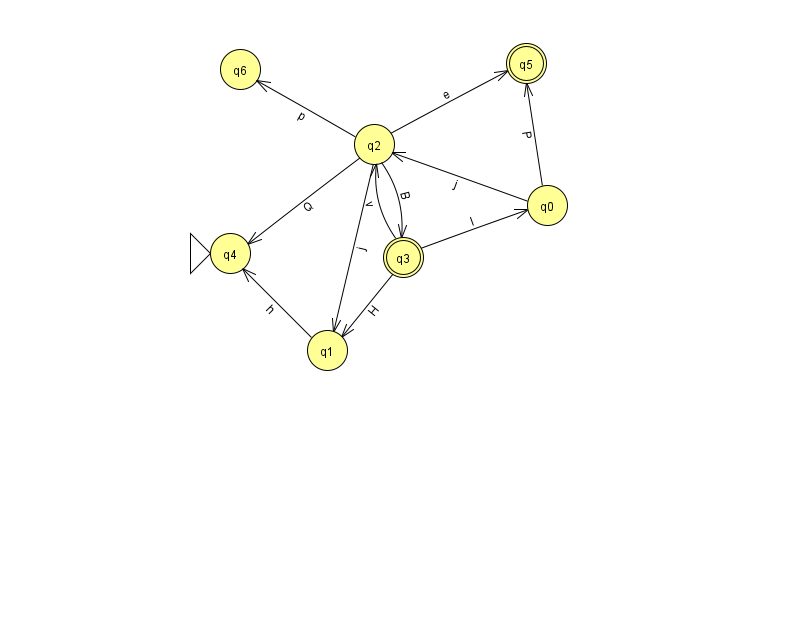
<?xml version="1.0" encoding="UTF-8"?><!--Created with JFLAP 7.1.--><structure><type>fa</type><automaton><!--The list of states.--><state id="0" name="q0"><x>547.0</x><y>192.0</y></state><state id="1" name="q1"><x>327.0</x><y>337.0</y></state><state id="2" name="q2"><x>374.0</x><y>131.0</y></state><state id="3" name="q3"><x>403.0</x><y>244.0</y><final/></state><state id="4" name="q4"><x>230.0</x><y>240.0</y><initial/></state><state id="5" name="q5"><x>526.0</x><y>50.0</y><final/></state><state id="6" name="q6"><x>240.0</x><y>56.0</y></state><!--The list of transitions.--><transition><from>3</from><to>1</to><read>H</read></transition><transition><from>3</from><to>2</to><read>v</read></transition><transition><from>2</from><to>1</to><read>j</read></transition><transition><from>2</from><to>3</to><read>B</read></transition><transition><from>3</from><to>0</to><read>l</read></transition><transition><from>0</from><to>2</to><read>j</read></transition><transition><from>2</from><to>5</to><read>e</read></transition><transition><from>1</from><to>4</to><read>h</read></transition><transition><from>2</from><to>4</to><read>Q</read></transition><transition><from>2</from><to>6</to><read>p</read></transition><transition><from>0</from><to>5</to><read>P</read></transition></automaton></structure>